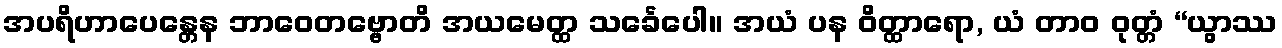
အပရိဟာပေန္တေန ဘာဝေတဗ္ဗောတိ အယမေတ္ထ သင်္ခေပေါ။ အယံ ပန ဝိတ္ထာရော, ယံ တာဝ ဝုတ္တံ “ယွာဿ